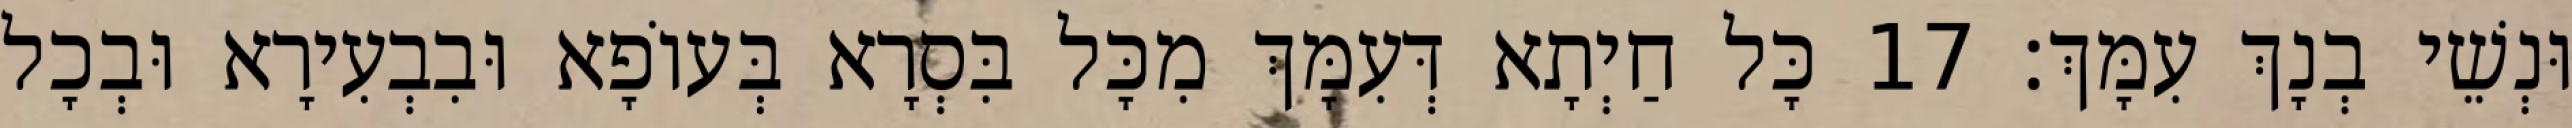
וּנְשֵׁי בְנָךְ עִמָּךְ׃ 17 כָּל חַיְתָא דְּעִמָּךְ מִכָּל בִּסְרָא בְּעוֹפָא וּבִבְעִירָא וּבְכָל